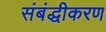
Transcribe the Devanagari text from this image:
संबंद्धीकरण